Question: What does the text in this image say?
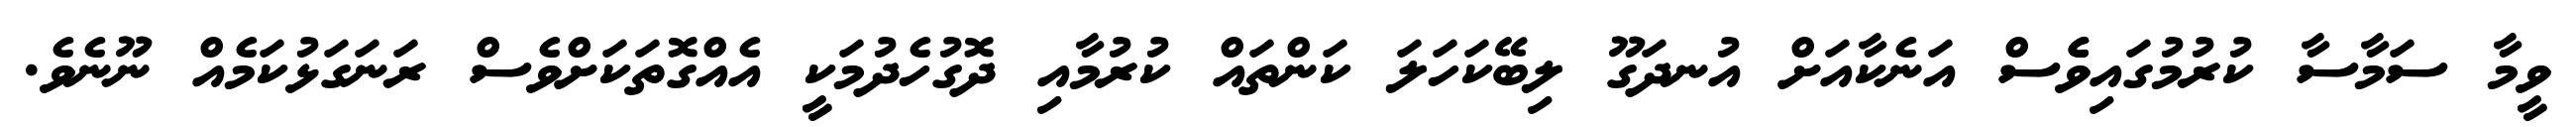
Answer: ވީމާ ސަމާސާ ކުރުމުގައިވެެސް އަނެކާއަށް އުނދަގޫ ލިބޭކަހަލަ ކަންތައް ކުރުމާއި ދޮގުހެދުމަކީ އެއްގޮތަކަށްވެސް ރަނަގަޅުކަމެއް ނޫނެވެ.